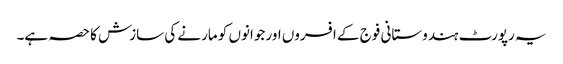
یہ رپورٹ ہندوستانی فوج کے افسروں اور جوانوں کو مارنے کی سازش کا حصہ ہے۔